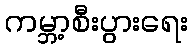
ကမ္ဘာ့စီးပွားရေး